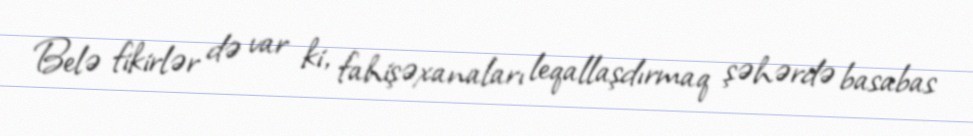
Belə fikirlər də var ki, fahişəxanaları leqallaşdırmaq şəhərdə basabas